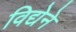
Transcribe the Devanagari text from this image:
विद्येने